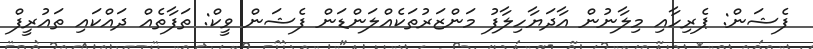
ފެޝަން: ޕެރިހާއި މިލާނުން އާދަޔާހިލާފު މަންޒަރުތަކެއްލަންޑަން ފެޝަން ވީކް: ތަފާތެއް ދައްކައި ތައުރީފް